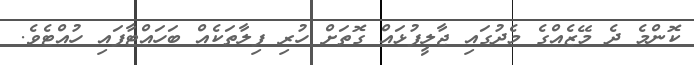
ކޮންމެ ދެ މޭޒެއްގެ މެދުގައި ޖާލީފުޅައް ގޮތަށް ހުރި ފިލާތަކެއް ބަހައްޓާފައި ހުއްޓެވެ.